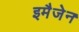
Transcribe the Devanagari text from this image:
इमैजेन